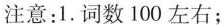
注意：1.词数100左右；